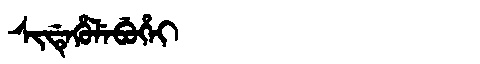
Manchu: ᠰᡳᡩᡝᡥᡠᠯᡝᠪᡠᡥᡝᡳ
Romanization: SIDEHULEBUHEI